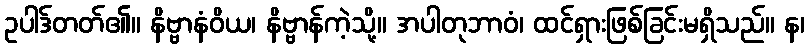
ဥပါဒ်တတ်၏။ နိဗ္ဗာနံဝိယ၊ နိဗ္ဗာန်ကဲ့သို့။ အပါတုဘာဝံ၊ ထင်ရှားဖြစ်ခြင်းမရှိသည်။ န၊